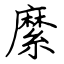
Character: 縻